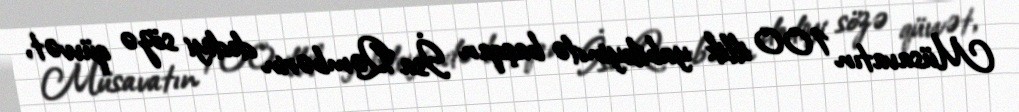
Müsavatın 100 illik yubileyində başqan İsa Qəmbərin dediyi sözə qüvvət,